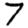
Digit: 7